Rangoon Lunatic Asylum 1878-1892 - 1878-1892
Year: 1878
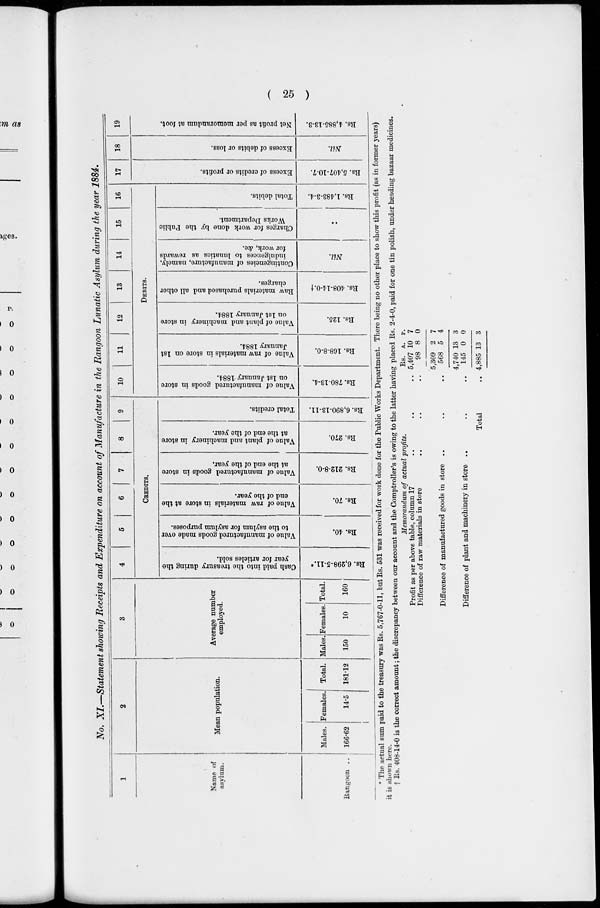
( 25 )
No. XI.—Statement showing Receipts and Expenditure on account of Manufacture in the Rangoon Lunatic Asylum during the year 1884.
1
Name of
asylum.
Rangoon ..
2
Mean population.
Males.
166.62
Females.
14.5
Total.
181.12
3
Average number
employed.
Males.
150
Females.
10
Total.
160
4
5
6 7 8 9
CREDITS.
Cash paid into the treasury during the
year for articles sold.
Rs. 6,298-5-11.*
Value of manufactured goods made over
to the asylum for asylum purposes.
Rs. 40.
Value of raw materials in store at the
end of the year.
Rs. 70.
Value of manufactured goods in store
at the end of the year.
Rs. 212-8-0.
Value of plant and machinery
in store
at the end of the year.
Rs. 270.
Total credits.
Rs. 6,890-13-11.
10
11
12
13
14
15
16
DEBITS.
Value of manufactured goods in store
on 1st January 1884.
Rs. 780-13-4.
Value of raw materials in store on 1st
January 1884.
Rs. 168-8-0.
Value of plant and machinery in store
on 1st January 1884.
Rs. 125.
Raw materials purchased and all other
charges.
Rs. 408-14-0.†
Contingencies of manufacture, namely,
indulgences to lunatics as rewards
for work, &c.
Nil.
Charges for work done by the Public
Works Department.
..
Total debits.
Rs. 1,483-3-4.
17
Excess of credits or profits.
Rs. 5,407-10-7.
18
Excess of debits or loss.
Nil.
19
Net profit as per memorandum at foot.
Rs. 4,885-13-3.
* The actual sum paid to the treasury was Rs. 5,767-0-11, but Rs. 531 was received for work done for the Public Works Department. There being no other place to show this profit (as in former years)
it is shown here.
† Rs. 408-14-0 is the correct amount ; the discrepancy between our account and the Comptroller's is owing to the latter having placed Rs. 2-4-0, paid for one tin polish, under heading bazaar medicines.
Memorandum of actual profits.
Profit as per above table, column 17 .. .. ..
Difference of raw materials in store .. .. ..
Difference of manufactured goods in store .. .. ..
Difference of plant and machinery in store .. .. ..
Total ..
Rs.
5,407
98
5,309
568
4,740
145
4,885
A.
10
8
2
5
13
0
13
P.
7
0
7
4
3
0
3